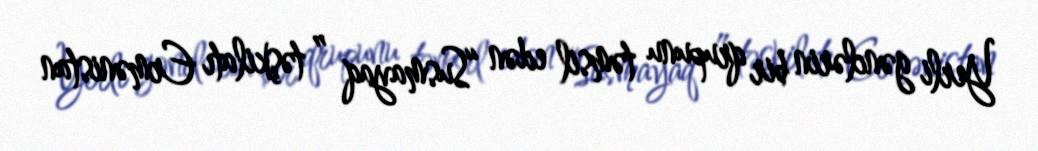
Yerli gənclərin bir qrupunu təmsil edən “Susmayaq ” təşkilatı Ermənistan